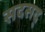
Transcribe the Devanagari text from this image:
सदसद्